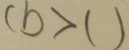
( b > 1 )